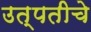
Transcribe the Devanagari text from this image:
उत्पतीचे